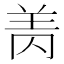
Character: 𰭘